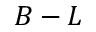
B - L